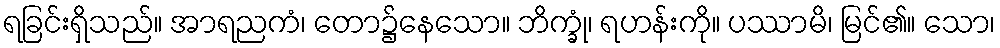
ရခြင်းရှိသည်။ အာရညကံ၊ တော၌နေသော။ ဘိက္ခုံ၊ ရဟန်းကို။ ပဿာမိ၊ မြင်၏။ သော၊